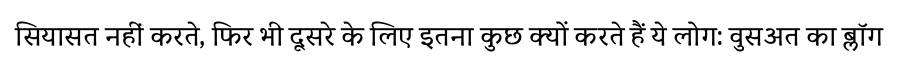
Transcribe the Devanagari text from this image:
सियासत नहीं करते, फिर भी दूसरे के लिए इतना कुछ क्यों करते हैं ये लोग: वुसअत का ब्लॉग